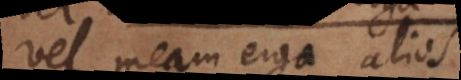
vel meae erga alium